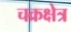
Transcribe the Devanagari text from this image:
चक्रक्षेत्र